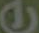
ن